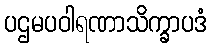
ပဌမပဝါရဏာသိက္ခာပဒံ